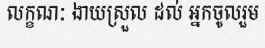
លក្ខណៈ ងាយស្រួល ដល់ អ្នកចូលរួម